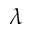
\lambda